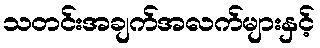
သတင်းအချက်အလက်များနှင့်